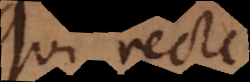
Qui recte